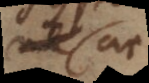
ac